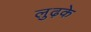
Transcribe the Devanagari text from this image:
लुढ़के